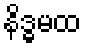
နိဒ္ဓမထ